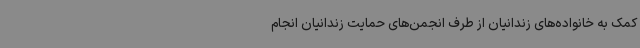
کمک به خانواده‌های زندانیان از طرف انجمن‌های حمایت زندانیان انجام